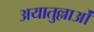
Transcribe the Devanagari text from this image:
अयातुल्लाओं